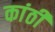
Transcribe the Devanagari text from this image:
कांठीं